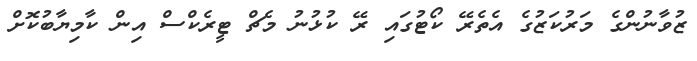
ޒުވާނުންގެ މަރުކަޒުގެ އެތެރޭ ކޯޓުގައި ރޭ ކުޅުނު މެޗް ޓީރެކްސް އިން ކާމިޔާބުކޮށް